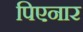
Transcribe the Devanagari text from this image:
पिएनार